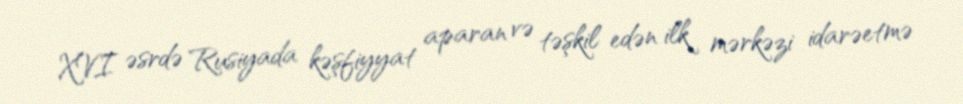
XVI əsrdə Rusiyada kəşfiyyat aparan və təşkil edən ilk mərkəzi idarəetmə